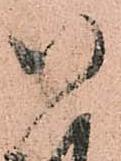
八